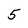
Character: 5